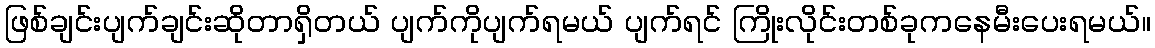
ဖြစ်ချင်းပျက်ချင်းဆိုတာရှိတယ် ပျက်ကိုပျက်ရမယ် ပျက်ရင် ကြိုးလိုင်းတစ်ခုကနေမီးပေးရမယ်။